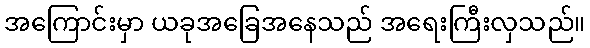
အကြောင်းမှာ ယခုအခြေအနေသည် အရေးကြီးလှသည်။